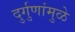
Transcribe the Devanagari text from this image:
दुर्गुणांमुळे